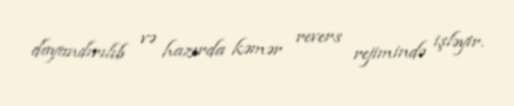
dayandırılıb və hazırda kəmər revers rejimində işləyir.